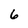
Character: 6